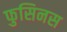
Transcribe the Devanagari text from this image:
फुसिनस